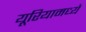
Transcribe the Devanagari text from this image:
यूरियामध्ये